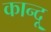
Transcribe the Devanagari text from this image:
कान्दू